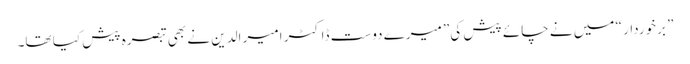
” برخوردار “ میں نے چائے پیش کی” میرے دوست ڈاکٹر امیر الدین نے بھی تبصرہ پیش کیا تھا۔